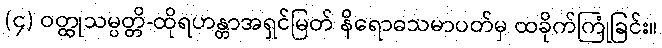
(၄) ဝတ္ထုသမ္ပတ္တိ-ထိုရဟန္တာအရှင်မြတ် နိရောဓသမာပတ်မှ ထခိုက်ကြုံခြင်း။